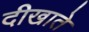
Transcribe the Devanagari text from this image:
दीखाते